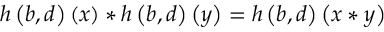
h \left( b , d \right) \left( x \right) * h \left( b , d \right) \left( y \right) = h \left( b , d \right) \left( x * y \right)